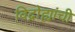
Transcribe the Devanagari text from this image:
विद्रोह्यांची